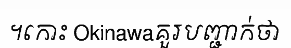
។កោះ Okinawaគួរបញ្ជាក់ថា